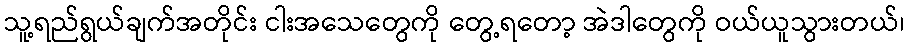
သူ့ရည်ရွယ်ချက်အတိုင်း ငါးအသေတွေကို တွေ့ရတော့ အဲဒါတွေကို ဝယ်ယူသွားတယ်၊